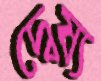
দ্বেষ্য